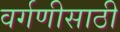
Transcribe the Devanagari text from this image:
वर्गणीसाठी